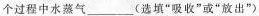
个过程中水蒸气___(选填“吸收”或“放出”)